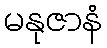
မနုဇာနံ